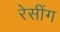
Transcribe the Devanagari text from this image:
रेसींग